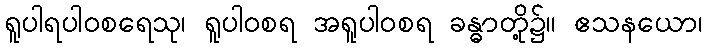
ရူပါရပါဝစရေသု၊ ရူပါဝစရ အရူပါဝစရ ခန္ဓာတို့၌။ ဧသနယော၊